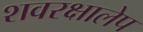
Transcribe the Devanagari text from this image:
शवरक्षालेप